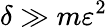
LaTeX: \delta\gg m\varepsilon^{2}